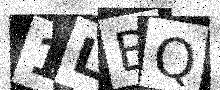
Text: 1LBQ